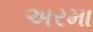
અરમા